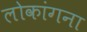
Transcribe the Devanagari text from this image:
लोकांगना